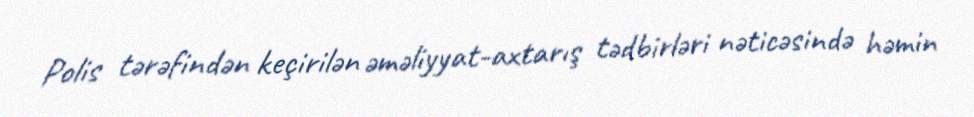
Polis tərəfindən keçirilən əməliyyat-axtarış tədbirləri nəticəsində həmin